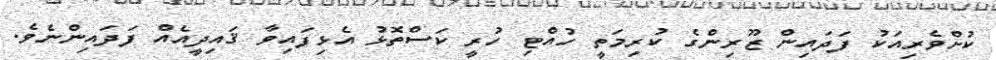
ކުށްވެރިއަކު ފަދައިން ޒޫރިންގެ ކުރިމަތީ ހުއްޓި ހުރީ ކަސްތޮޅު އެޅިފައިވާ ޤައިދީއެއް ފަދައިންނެވެ.